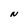
Character: N